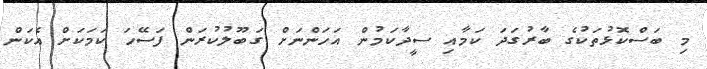
މި ބަސްކޮޅުތަކުގެ ބާރުގަދަ ކަމާއި ސީދާކަމުން އަހަންނަށް ގަބޫލުކުރަން ފަސޭހަ ކަމަކަށް އެކަން